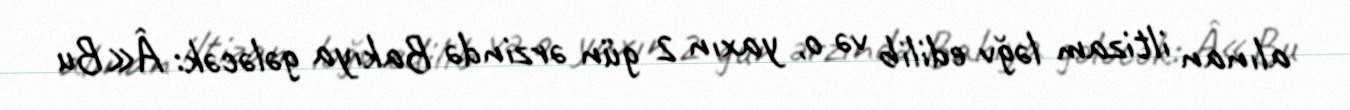
alınan iltizam ləğv edilib və o, yaxın 2 gün ərzində Bakıya gələcək: Â«Bu